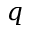
q